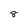
Character: 8